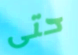
حتى